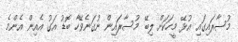
މުސާރައިގައި އުޅޭ މީހަކަށް ލިބޭ މުސާރައިން ނުގަނެވޭހާ ބޮޑު އަގު އެއިން އެންމެ